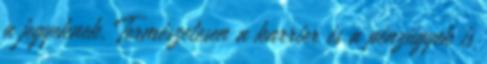
a jegyeknek. Természetesen a karrier és a pénzügyek is